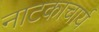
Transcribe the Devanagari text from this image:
नाटकाचार्य